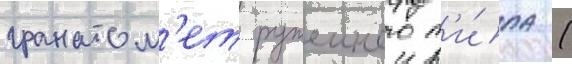
гранатом'ет ружеиного т'и́па (